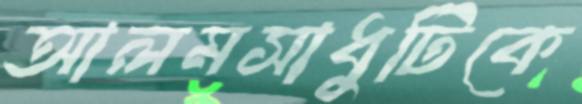
আলমসাধুটিকে